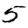
Digit: 5